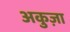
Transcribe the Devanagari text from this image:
अकुज़ा